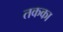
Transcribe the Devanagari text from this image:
तकका